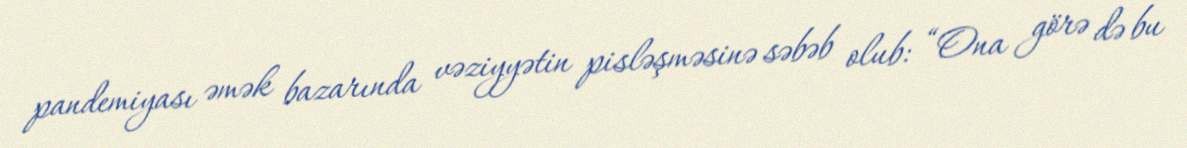
pandemiyası əmək bazarında vəziyyətin pisləşməsinə səbəb olub: “Ona görə də bu